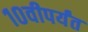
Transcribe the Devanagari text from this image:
१०वीपर्यंत